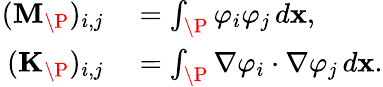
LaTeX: \begin{array}{rl}{(\mathbf{M}_{\P})_{i,j}}&{{}=\int_{\P}\varphi_{i}\varphi_{j}\, d\mathbf{x},}\\ {\ (\mathbf{K}_{\P})_{i,j}}&{{}=\int_{\P}\nabla\varphi_{i}\cdot\nabla\varphi_{j}\, d\mathbf{x}.}\end{array}